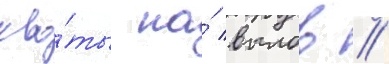
кво́ты на́ вылов //